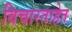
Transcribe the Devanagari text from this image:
विचारताहेत